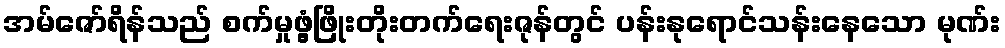
အမ်ဇော်ရိန်သည် စက်မှုဖွံ့ဖြိုးတိုးတက်ရေးဇုန်တွင် ပန်းနုရောင်သန်းနေသော မုဏ်း